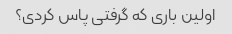
اولین باری که گرفتی پاس کردی؟